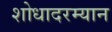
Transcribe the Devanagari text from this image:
शोधादरम्यान